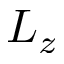
L _ { z }